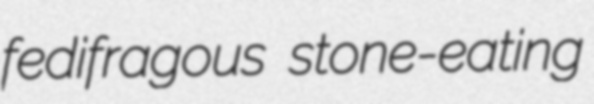
fedifragous stone-eating